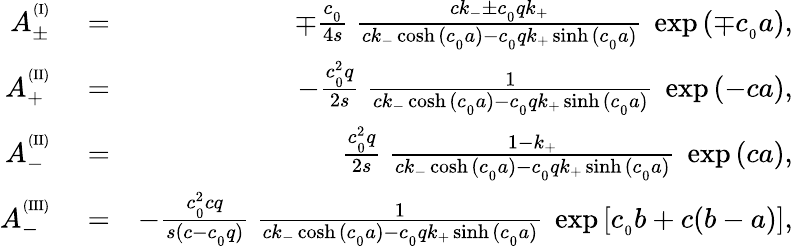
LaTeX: \begin{array}{rlr}{A_{\pm}^{^{(\mathrm{I})}}}&{{}=}&{\mp\frac{c_{_0}}{4s}\ \frac{ck_{-}\pm c_{_0}qk_{+}}{ck_{-}\cosh{(c_{_0}a)}-c_{_0}qk_{+}\sinh{(c_{_0}a)}}\ \exp{(\mp c_{_0}a)},}\\ {A_{+}^{^{(\mathrm{II})}}}&{{}=}&{-\frac{c_{_0}^{2}q}{2s}\ \frac{1}{ck_{-}\cosh{(c_{_0}a)}-c_{_0}qk_{+}\sinh{(c_{_0}a)}}\ \exp{(-ca)},}\\ {A_{-}^{^{(\mathrm{II})}}}&{{}=}&{\frac{c_{_0}^{2}q}{2s}\ \frac{1-k_{+}}{ck_{-}\cosh{(c_{_0}a)}-c_{_0}qk_{+}\sinh{(c_{_0}a)}}\ \exp{(ca)},}\\ {A_{-}^{^{(\mathrm{III})}}}&{{}=}&{-\frac{c_{_0}^{2}cq}{s(c-c_{_0}q)}\ \frac{1}{ck_{-}\cosh{(c_{_0}a)}-c_{_0}qk_{+}\sinh{(c_{_0}a)}}\ \exp{[c_{_0}b+c(b-a)]},}\end{array}